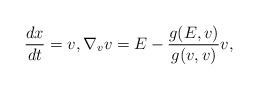
LaTeX: \begin{align*} {dx\over dt}=v,\nabla_vv=E-{g(E,v)\over g(v,v)}v, \end{align*}